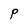
Character: P